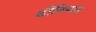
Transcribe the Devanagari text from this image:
ढौंडियाल